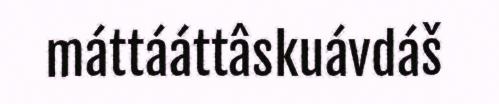
máttááttâskuávdáš